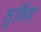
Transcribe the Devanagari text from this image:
तुर्किए